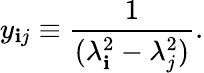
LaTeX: y_{\mathbf{i}j}\equiv\frac{{1}}{{(\lambda_{\mathbf{i}}^{2}-\lambda_{j}^{2})}}.